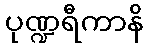
ပုဏ္ဍရီကာနိ